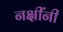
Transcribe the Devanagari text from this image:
नक्षींनी